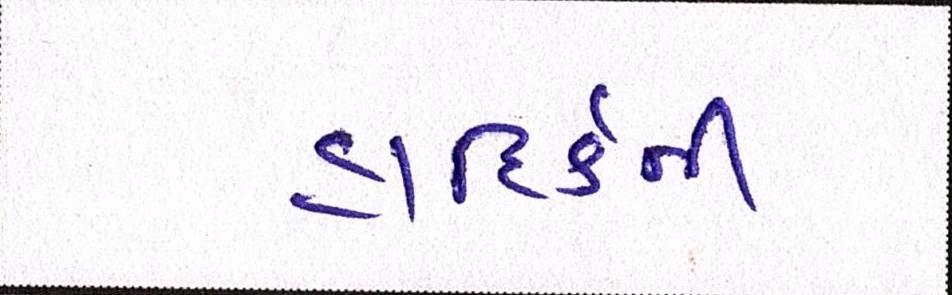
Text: હાદિર્કની